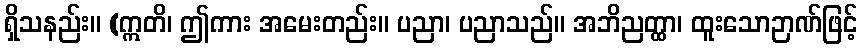
ရှိသနည်း။ (ဣတိ၊ ဤကား အမေးတည်း။ ပညာ၊ ပညာသည်။ အဘိညတ္ထာ၊ ထူးသောဉာဏ်ဖြင့်